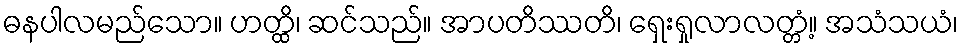
ဓနပါလမည်သော။ ဟတ္ထိ၊ ဆင်သည်။ အာပတိဿတိ၊ ရှေးရှုလာလတ္တံ့။ အသံသယံ၊